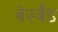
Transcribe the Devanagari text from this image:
बेस्बैंड